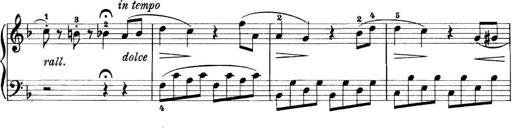
Title: 11 Sonatinas
Composer: Anton Diabelli